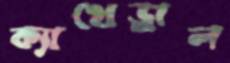
ক্যাথেড্রাল